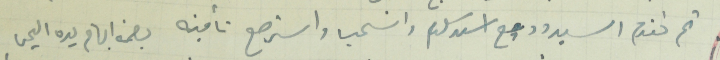
ثم تقدم السيد وديع اسعد سلوم وانسحب واسترجع تأمينه بصمة ابهام يده اليمنى